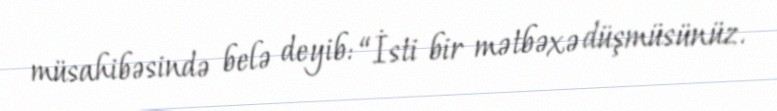
müsahibəsində belə deyib: “İsti bir mətbəxə düşmüsünüz.